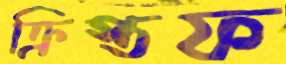
ক্রিস্তফ